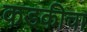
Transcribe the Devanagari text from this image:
कडकीचा